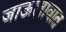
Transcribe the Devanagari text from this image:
जाऊलावात